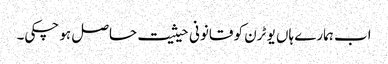
اب ہمارے ہاں یو ٹرن کو قانونی حیثیت حاصل ہو چکی۔